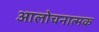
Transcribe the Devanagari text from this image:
आलोचनात्‍मक